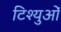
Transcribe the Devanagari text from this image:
टिश्युओं